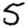
Digit: 5